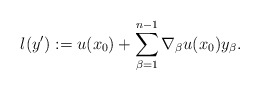
\begin{align*}l (y') := u (x_0) + \sum_{\beta = 1}^{n-1} \nabla_\beta u (x_0) y_\beta.\end{align*}